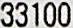
33100